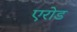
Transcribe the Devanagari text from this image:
एरोड